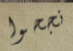
نجحوا